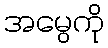
အမွေကို